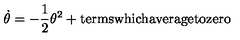
\dot { \theta } = - \frac { 1 } { 2 } \theta ^ { 2 } + \mathrm { t e r m s w h i c h a v e r a g e t o z e r o }